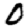
Digit: 0